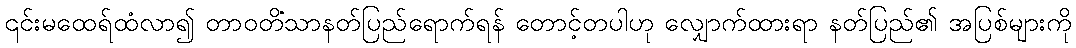
၎င်းမထေရ်ထံလာ၍ တာဝတိံသာနတ်ပြည်ရောက်ရန် တောင့်တပါဟု လျှောက်ထားရာ နတ်ပြည်၏ အပြစ်များကို